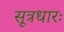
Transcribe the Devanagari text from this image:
सूत्रधारः